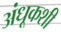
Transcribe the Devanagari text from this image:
अंधूकशी